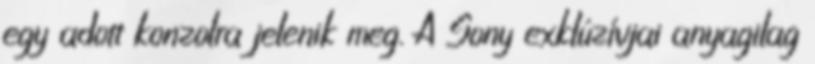
egy adott konzolra jelenik meg. A Sony exklúzívjai anyagilag